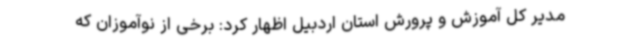
مدیر کل آموزش و پرورش استان اردبیل اظهار کرد: برخی از نوآموزان که